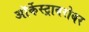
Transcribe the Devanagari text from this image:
ऑर्केस्ट्राबरोबर